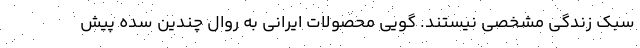
سبک زندگی مشخصی نیستند. گویی محصولات ایرانی به روال چندین سده پیش